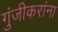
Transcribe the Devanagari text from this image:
गुंजीकरांना